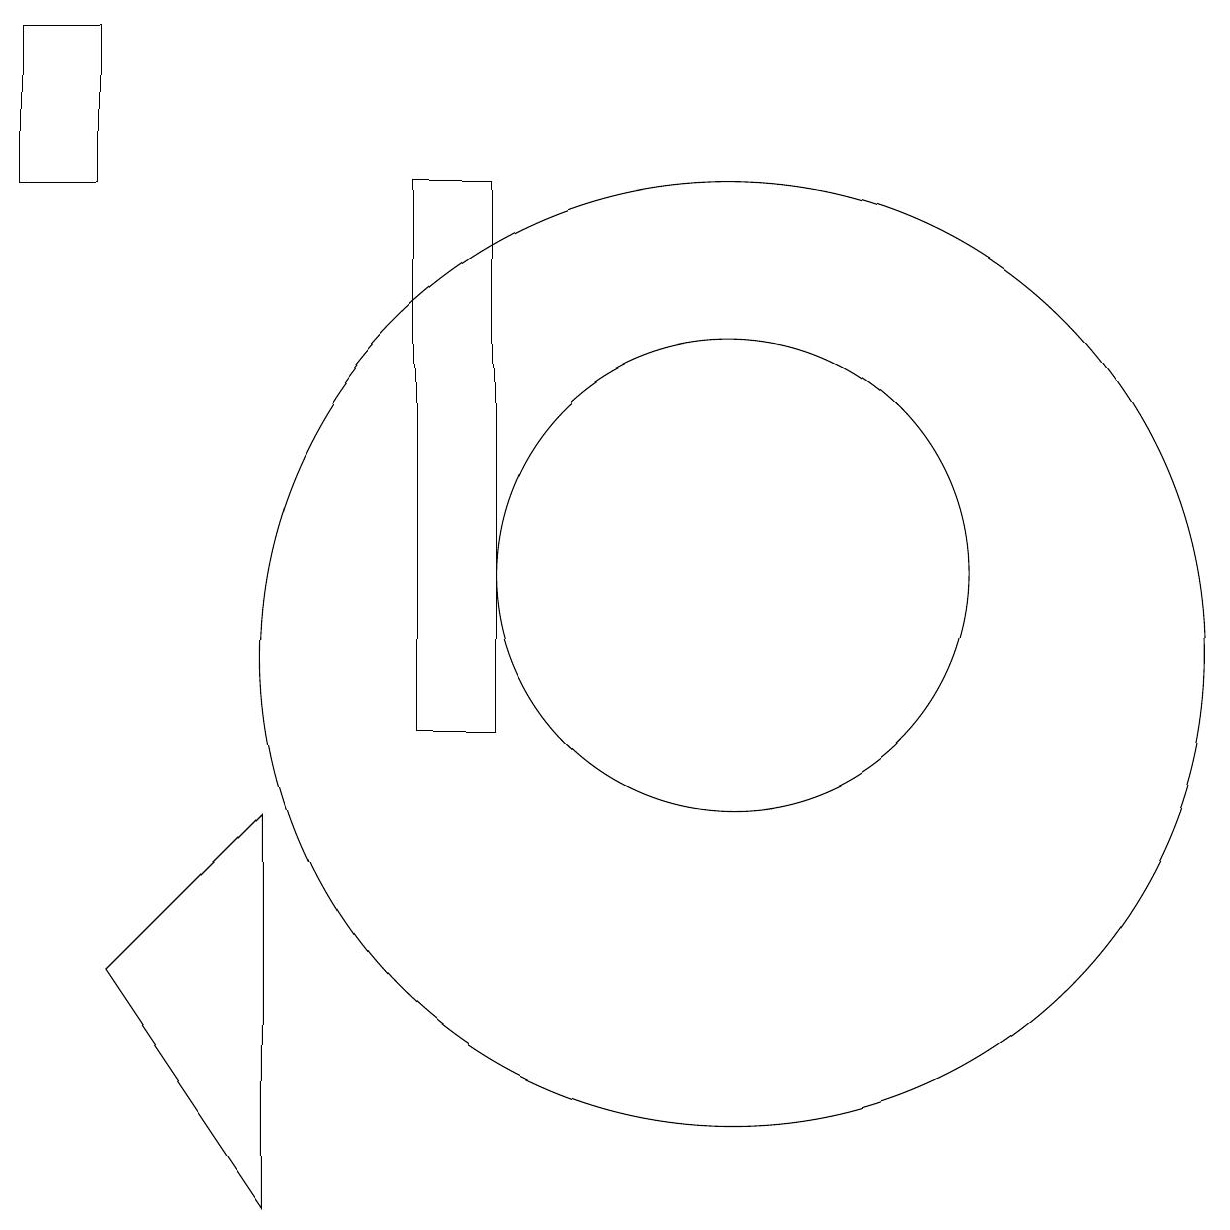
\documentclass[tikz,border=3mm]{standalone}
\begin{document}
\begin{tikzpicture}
\draw (10,11) circle (6);
\draw (10,12) circle (3);
\draw (7,10) rectangle (6,17);
\draw (2,7) -- (4,4) -- (4,9) -- cycle;
\draw (2,19) rectangle (1,17);
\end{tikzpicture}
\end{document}